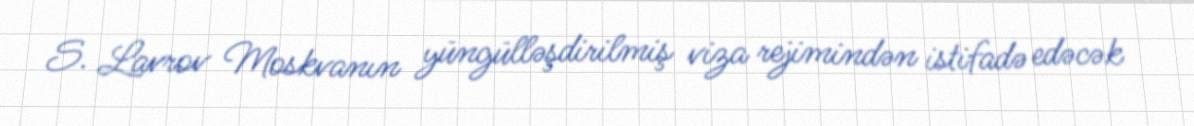
S. Lavrov Moskvanın yüngülləşdirilmiş viza rejimindən istifadə edəcək